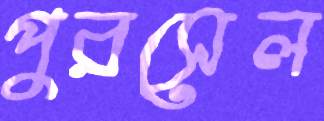
পুরসেল